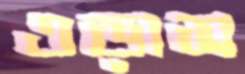
ওড়াস